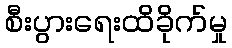
စီးပွားရေးထိခိုက်မှု